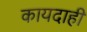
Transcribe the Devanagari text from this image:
कायदाही